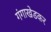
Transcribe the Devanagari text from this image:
गंगाखेडकर